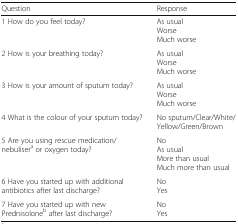
<table><thead><tr><td><b>Question</b></td><td><b>Response</b></td></tr></thead><tbody><tr><td>1 How do you feel today?</td><td>As usualWorseMuch worse</td></tr><tr><td>2 How is your breathing today?</td><td>As usualWorseMuch worse</td></tr><tr><td>3 How is your amount of sputum today?</td><td>As usualWorseMuch worse</td></tr><tr><td>4 What is the colour of your sputum today?</td><td>No sputum/Clear/White/Yellow/Green/Brown</td></tr><tr><td>5 Are you using rescue medication/nebuliser<sup>a</sup> or oxygen today?</td><td>NoAs usualMore than usualMuch more than usual</td></tr><tr><td>6 Have you started up with additional antibiotics after last discharge?</td><td>NoYes</td></tr><tr><td>7 Have you started up with new Prednisolone<sup>b</sup> after last discharge?</td><td>NoYes</td></tr></tbody></table>